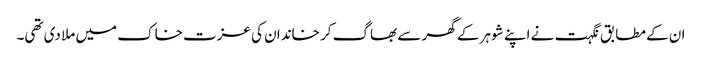
ان کے مطابق نگہت نے اپنے شوہر کے گھر سے بھاگ کر خاندان کی عزت خاک میں ملا دی تھی۔